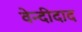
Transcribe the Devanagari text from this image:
वेन्दीदाद